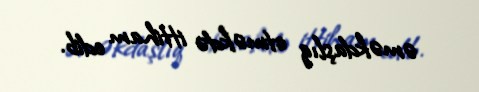
əməkdaşlıq etməkdə ittiham edib.